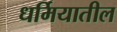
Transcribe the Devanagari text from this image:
धर्मियातील